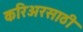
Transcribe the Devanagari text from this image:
करिअरसाठी